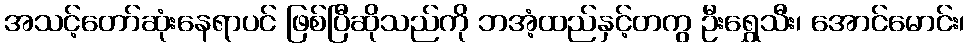
အသင့်တော်ဆုံးနေရာပင် ဖြစ်ပြီဆိုသည်ကို ဘအံ့ထည်နှင့်တကွ ဦးရွှေသီး၊ အောင်မောင်း၊